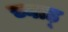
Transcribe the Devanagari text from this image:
च्वाड़्